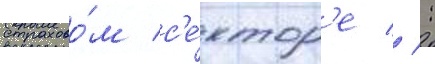
страхово́м с'е́ктор'е // :